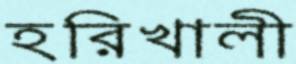
হরিখালী